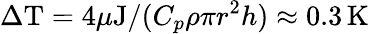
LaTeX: \Delta\mathrm{T}=4\mu\mathrm{J}/(C_{p}\rho\pi r^{2}h)\approx 0.3\, \mathrm{K}